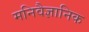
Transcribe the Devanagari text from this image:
मनिवैज्ञानिक